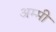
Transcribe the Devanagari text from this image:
अम्मी